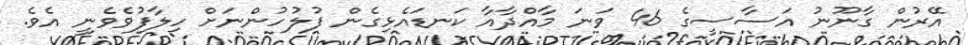
އޭރުން ގާނޫނު އަސާސީގެ 46 ވަނަ މާއްދާއާ ކަނޑައެޅިގެން ފުލުހުންނަށް ހިލާފުވެވެނީ އެވެ.